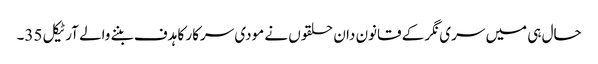
حال ہی میں سری نگر کے قانون دان حلقوں نے مودی سرکار کا ہدف بننے والے آرٹیکل 35۔